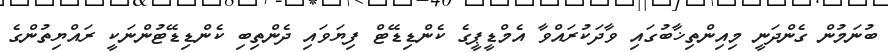
ބުނަމުން ގެންދަނީ މިއިންތިޚާބުގައި ވާދަކުރައްވާ އެމްޑީޕީގެ ކެންޑިޑޭޓް ފިޔަވައި ދެންތިބި ކެންޑިޑޭޓުންނަކީ ރައްޔިތުންގެ